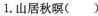
1.山居秋\underset{·}{暝}( )